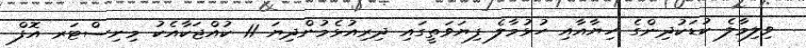
ވިލިމާލެ ކުޑަކުދިންގެ ހިޔާއާއި ހުޅުމާލެ ފިޔަވަތީގައި ދިރިއުޅެމުންދިޔަ 11 ކުއްޖަކާއެކު މިނިސްޓަރ އޮފް